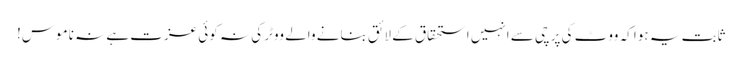
ثابت یہ ہوا کہ ووٹ کی پرچی سے انہیں استحقاق کے لائق بنانے والے ووٹر کی نہ کوئی عزت ہے نہ ناموس!